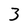
Character: 3